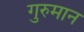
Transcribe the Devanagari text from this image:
गुरुमान